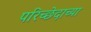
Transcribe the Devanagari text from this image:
परिच्छेदाच्या